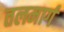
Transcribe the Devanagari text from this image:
तलमार्ग